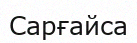
Сарғайса